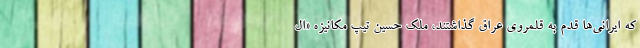
که ایرانی‌ها قدم به قلمروی عراق گذاشتند، ملک حسین تیپ مکانیزه «ال